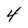
Character: 4